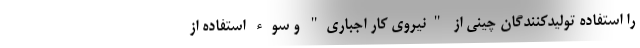
را استفاده تولیدکنندگان چینی از "نیروی کار اجباری" و سوء استفاده از